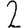
Digit: 2